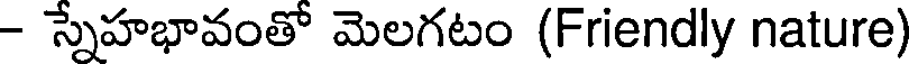
- స్నేహభావంతో మెలగటం (Friendly nature)